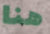
هنا